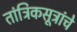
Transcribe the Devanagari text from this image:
तांत्रिकसूत्रांचे